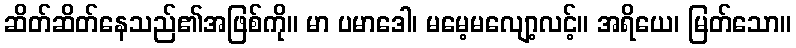
ဆိတ်ဆိတ်နေသည်၏အဖြစ်ကို။ မာ ပမာဒေါ၊ မမေ့မလျော့လင့်။ အရိယေ၊ မြတ်သော။